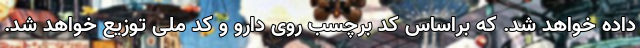
داده خواهد شد. که براساس کد برچسب روی دارو و کد ملی توزیع خواهد شد.